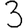
Digit: 3